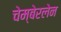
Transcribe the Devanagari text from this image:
चेम्बेरलेन